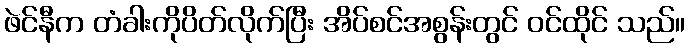
ဖဲင်နီက တံခါးကိုပိတ်လိုက်ပြီး အိပ်စင်အစွန်းတွင် ဝင်ထိုင် သည်။